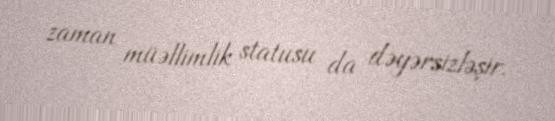
zaman müəllimlik statusu da dəyərsizləşir.